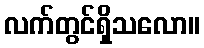
လက်တွင်ရှိသလော။